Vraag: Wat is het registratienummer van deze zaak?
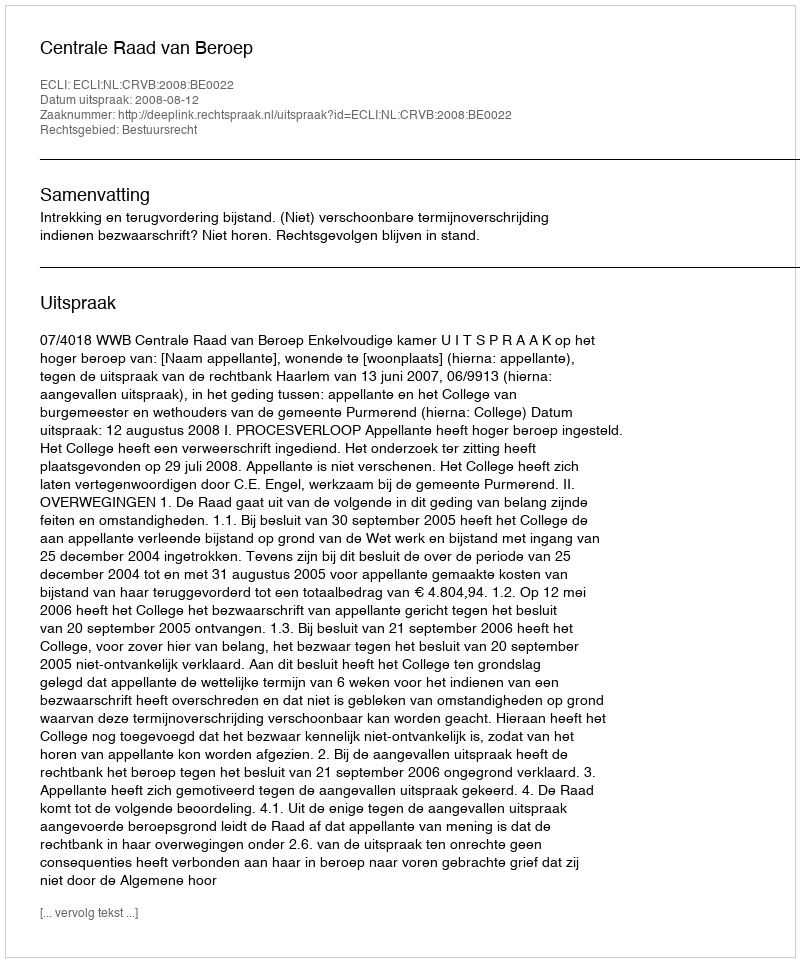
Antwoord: http://deeplink.rechtspraak.nl/uitspraak?id=ECLI:NL:CRVB:2008:BE0022